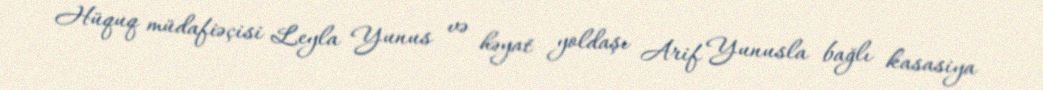
Hüquq müdafiəçisi Leyla Yunus və həyat yoldaşı Arif Yunusla bağlı kasasiya